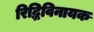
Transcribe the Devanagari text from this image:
रिद्धिविनायक